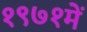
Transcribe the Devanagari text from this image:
१९७१में